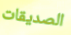
الصديقات